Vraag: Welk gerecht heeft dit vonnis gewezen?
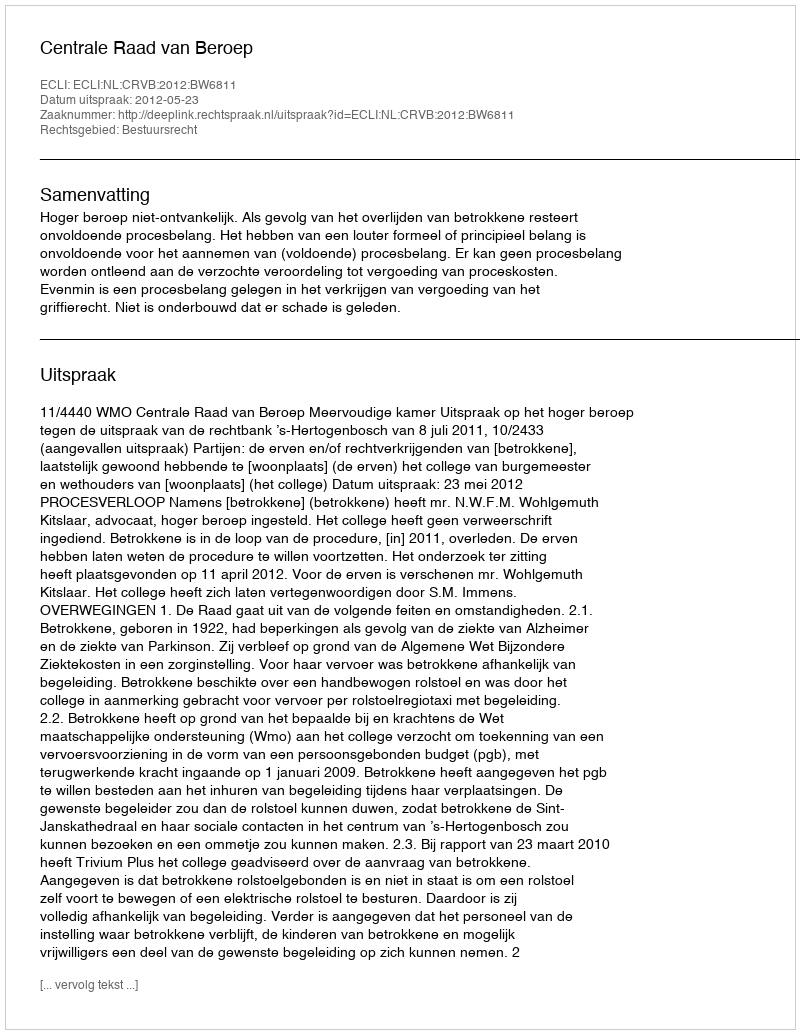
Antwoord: Centrale Raad van Beroep